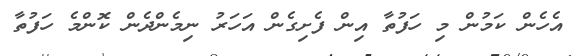
އެހެން ކަމުން މި ހަފުތާ އިން ފެށިގެން އަހަރު ނިމެންދެން ކޮންމެ ހަފުތާ